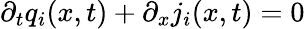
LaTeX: \partial_{t}q_{i}(x,t)+\partial_{x}j_{i}(x,t)=0